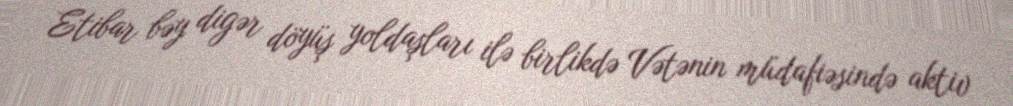
Etibar bəy digər döyüş yoldaşları ilə birlikdə Vətənin müdafiəsində aktiv